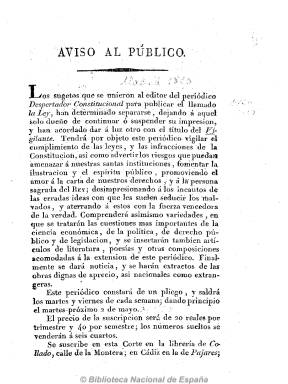
Título: El Vigilante (Madrid)
Colección: Periódicos anteriores a 1850
Ámbito geográfico: Madrid
Lugar de publicación: Madrid
Fechas: 01/01/1820-31/12/1820

Uno de los numerosos periódicos de escasa vida que aparecen en la capital de España tras la restauración de la Constitución de 1812. La Biblioteca Nacional de España sólo dispone de su prospecto, de dos páginas, en el que anuncia su salida para el dos de mayo de 1820, y tras una corta vida de dos meses, debió desaparecer a finales de julio de ese mismo año. Por el citado prospecto se sabe que fue obra de un “grupo” que se separa del impresor y editor de El despertador constitucional con el que se había asociado para redactar La ley. También el prospecto, impreso por J. del Collado, señala que este periódico sale los martes y viernes “para vigilar el cumplimiento de las leyes y las infracciones de la Constitución”. Debió tener un carácter noticioso y literario y una tendencia liberal moderada.